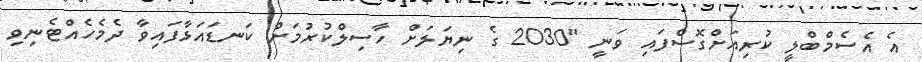
އެ އެސެމްބްލީ ކުރިއަށްގޮސްފައި ވަނީ "2030 ގެ ނިޔަލަށް ހާސިލްކުރުމަށް ކަނޑައަޅާފައިވާ ދެމެހެއްޓެނިވި